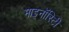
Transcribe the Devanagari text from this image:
माइनॉरिटी